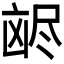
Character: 𫥥